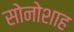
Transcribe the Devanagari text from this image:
सोनोशाह